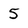
Character: 5